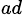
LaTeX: ^{ad}